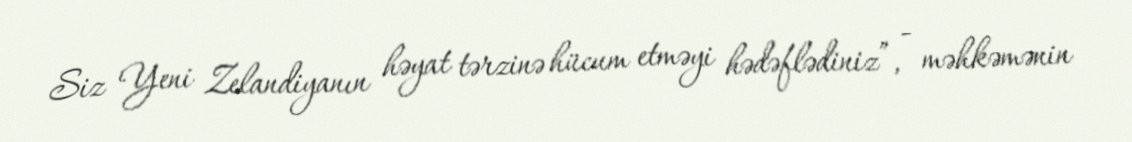
Siz Yeni Zelandiyanın həyat tərzinə hücum etməyi hədəflədiniz”, - məhkəmənin